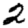
Digit: 2